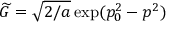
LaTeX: \widetilde { G } = \sqrt { 2 / a } \exp ( p _ { 0 } ^ { 2 } - p ^ { 2 } )